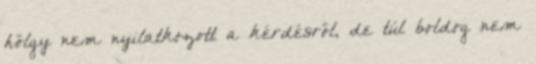
hölgy nem nyilatkozott a kérdésről, de túl boldog nem